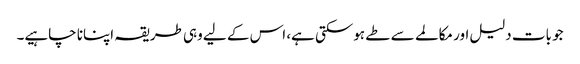
جو بات دلیل اور مکالمے سے طے ہوسکتی ہے، اس کے لیے وہی طریقہ اپنانا چاہیے۔